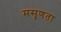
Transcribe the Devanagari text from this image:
मसृणता